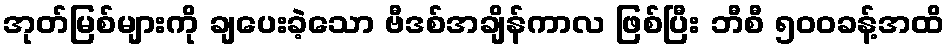
အုတ်မြစ်များကို ချပေးခဲ့သော ဗီဒစ်အချိန်ကာလ ဖြစ်ပြီး ဘီစီ ၅၀၀ခန့်အထိ